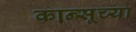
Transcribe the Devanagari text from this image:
कान्सूच्या